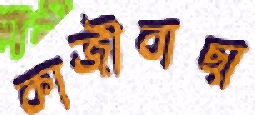
কাজীবাছা